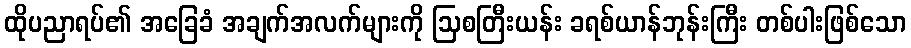
ထိုပညာရပ်၏ အခြေခံ အချက်အလက်များကို ဩစတြီးယန်း ခရစ်ယာန်ဘုန်းကြီး တစ်ပါးဖြစ်သော